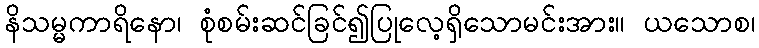
နိသမ္မကာရိနော၊ စုံစမ်းဆင်ခြင်၍ပြုလေ့ရှိသောမင်းအား။ ယသောစ၊